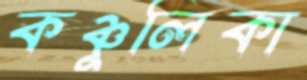
কঞ্চুলিকা